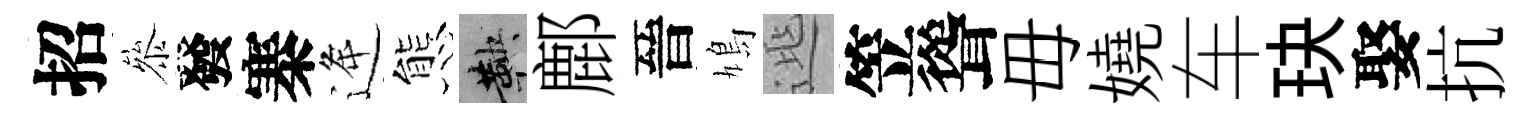
招叅發寨逄態鞅鄜晉鳩𨓱笠聳毋嬈车玦娶抗